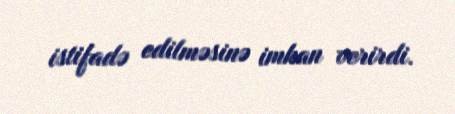
istifadə edilməsinə imkan verirdi.